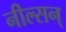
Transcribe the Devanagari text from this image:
नील्सन्